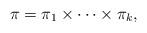
LaTeX: \begin{align*}\pi=\pi_{1}\times\cdots\times\pi_{k},\end{align*}